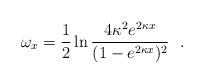
LaTeX: \begin{align*} \omega_{x}=\frac{1}{2}\ln\frac{4\kappa^{2}e^{2\kappa x}}{(1-e^{2\kappa x})^{2}}~~.\end{align*}